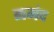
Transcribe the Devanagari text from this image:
समंद